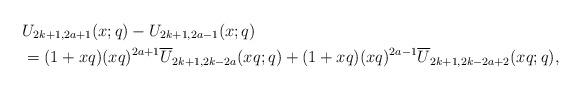
LaTeX: \begin{align*}&U_{2k+1,2a+1}(x;q)-U_{2k+1,2a-1}(x;q)\\&=(1+xq)(xq)^{2a+1}\overline{U}_{2k+1,2k-2a}(xq;q)+(1+xq)(xq)^{2a-1}\overline{U}_{2k+1,2k-2a+2}(xq;q),\end{align*}